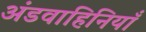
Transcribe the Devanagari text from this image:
अंडवाहिनियाँ